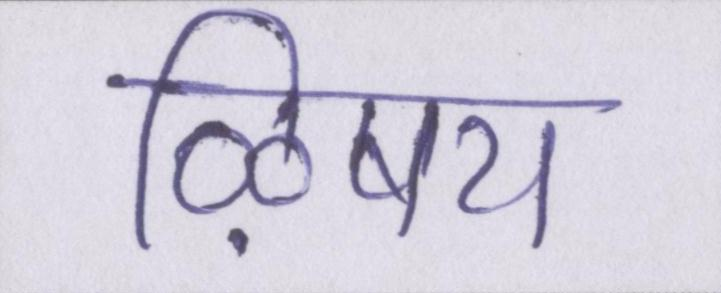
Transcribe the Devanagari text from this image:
ऴिषय